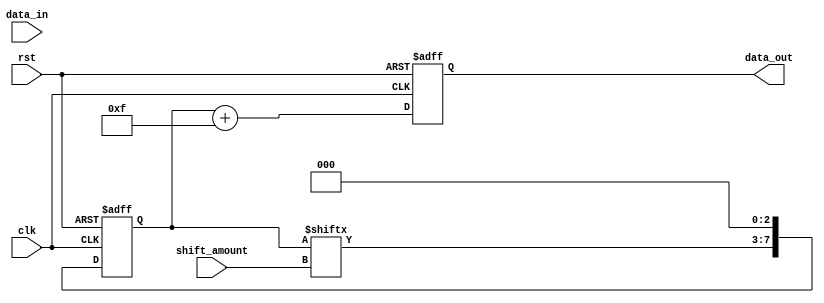
module shift_add_register (
    input clk,
    input rst,
    input [7:0] data_in,
    input [2:0] shift_amount,
    output reg [7:0] data_out
);

reg [7:0] shift_reg;

always @(posedge clk or posedge rst) begin
    if (rst) begin
        shift_reg <= 8'b0;
    end else begin
        shift_reg <= {shift_reg[(7-shift_amount):0], {shift_reg[(7):shift_amount], 3'b0}};
    end
end

always @(posedge clk or posedge rst) begin
    if (rst) begin
        data_out <= 8'b0;
    end else begin
        data_out <= shift_reg + 8'h0F; // Adding a constant value of 0F in hexadecimal
    end
end

endmodule